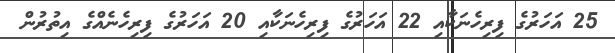
25 އަހަރުގެ ފިރިހެނަކާއި 22 އަހަރުގެ ފިރިހެނަކާއި 20 އަހަރުގެ ފިރިހެނެއްގެ އިތުރުން